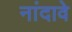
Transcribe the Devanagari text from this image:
नांदावे